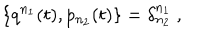
LaTeX: \{ q ^ { n _ { 1 } } ( t ) , p _ { n _ { 2 } } ( t ) \} = \delta _ { n _ { 2 } } ^ { n _ { 1 } } \ ,